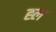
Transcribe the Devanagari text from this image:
ह्ल